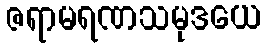
ဇရာမရဏသမုဒယေ